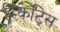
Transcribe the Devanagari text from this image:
रिकेट्सि